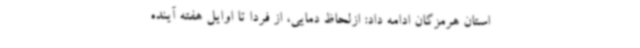
استان هرمزگان ادامه داد: ازلحاظ دمایی، از فردا تا اوایل هفته آینده